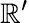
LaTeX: \mathbb{R}^{\prime}